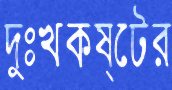
দুঃখকষ্টের